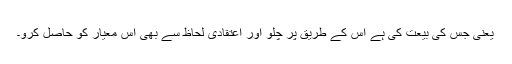
یعنی جس کی بیعت کی ہے اُس کے طریق پر چلو اور اعتقادی لحاظ سے بھی اُس معیار کو حاصل کرو۔